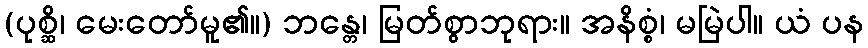
(ပုစ္ဆိ၊ မေးတော်မူ၏။) ဘန္တေ၊ မြတ်စွာဘုရား။ အနိစ္စံ၊ မမြဲပါ။ ယံ ပန